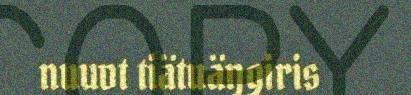
nuuvt tiätuäŋgiris